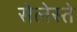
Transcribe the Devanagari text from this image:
सेलेस्ते